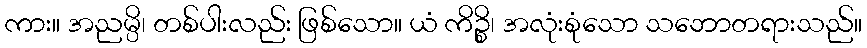
ကား။ အညမ္ပိ၊ တစ်ပါးလည်း ဖြစ်သော။ ယံ ကိဉ္စိ၊ အလုံးစုံသော သဘောတရားသည်။